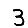
Digit: 3